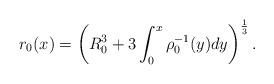
LaTeX: \begin{align*} r_0(x)=\left(R_0^3+3\int_0^x\rho_0^{-1}(y)dy\right)^{\frac{1}{3}}.\end{align*}